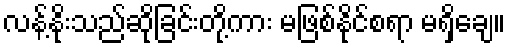
လန့်နိုးသည်ဆိုခြင်းတို့ကား မဖြစ်နိုင်စရာ မရှိချေ။